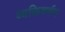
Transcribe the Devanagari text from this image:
व्यक्तिवर्णन